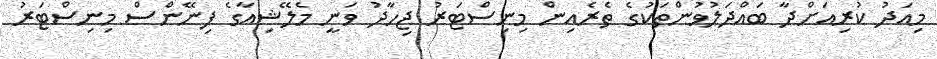
މިއަދު ކުރިއަށްދާ ބައްދަލުވުންތަކުގެ ތެރެއިން މިނިސްޓަރު ޖިހާދު ވަނީ މެލޭޝިއާގެ ފިނޭންސް މިނިސްޓަރު